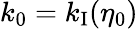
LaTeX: k_{0}=k_{\mathrm{I}}(\eta_{0})